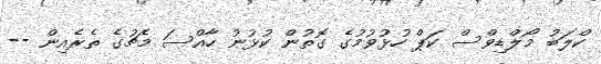
ކްލަބު މޯލްޑިވްސް ކަޕް ހުޅުވުމުގެ ގޮތުން ކުޅުނު ހާއްސަ މެޗުގެ ތެރެއިން --